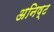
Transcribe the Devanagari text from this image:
अनिष्‍ट